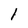
Character: l